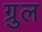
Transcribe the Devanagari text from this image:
ग्रुल